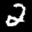
Label: 2